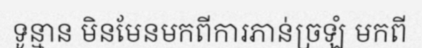
ទូន្មាន មិនមែនមកពីការភាន់ច្រឡំ មកពី